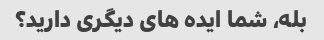
بله، شما ایده های دیگری دارید؟